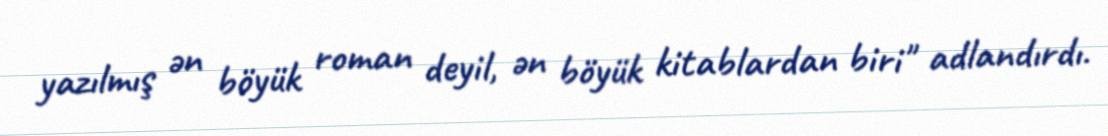
yazılmış ən böyük roman deyil, ən böyük kitablardan biri" adlandırdı.